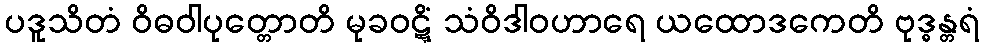
ပဒူသိတံ ဝိဓဝါပုတ္တောတိ မုခဝဋ္ဋိံ သံဝိဒါဝဟာရေ ယထောဒကေတိ ဗုဒ္ဓန္တရံ